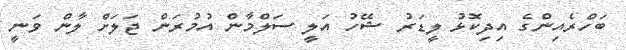
ބަހްރެއިންގެ އިދިކޮޅު ލީޑަރު ޝޭހު އަލީ ސަލްމާން އުމުރަން ޖަލަށް ލާން ވަނީ